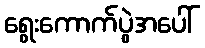
ရွေးကောက်ပွဲအပေါ်